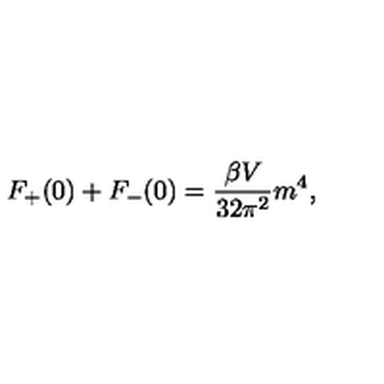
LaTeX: F _ { + } ( 0 ) + F _ { - } ( 0 ) = \frac { \beta V } { 3 2 \pi ^ { 2 } } m ^ { 4 } ,